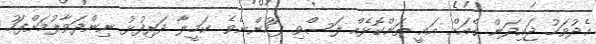
އެދުވަހު ޖައިދަން ގެއަށް އައީ ތަންކޮޅެއް ލަސްވި ފަހުންނެވެ. ކަމީލާ ދަރިފުޅު ނިންދަވާލުމަށްފަހު